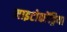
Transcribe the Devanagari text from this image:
माइटोकोंड्रिया